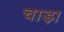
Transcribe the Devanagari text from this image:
चाड़ा